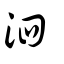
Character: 泗